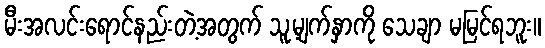
မီးအလင်းရောင်နည်းတဲ့အတွက် သူ့မျက်နှာကို သေချာ မမြင်ရဘူး။